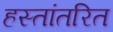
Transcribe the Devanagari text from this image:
हस्तांतरित